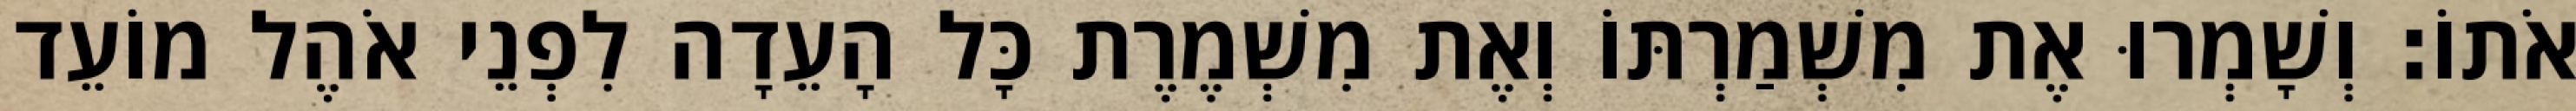
אֹתוֹ׃ וְשָׁמְרוּ אֶת מִשְׁמַרְתּוֹ וְאֶת מִשְׁמֶרֶת כָּל הָעֵדָה לִפְנֵי אֹהֶל מוֹעֵד